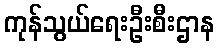
ကုန်သွယ်ရေးဦးစီးဌာန